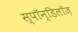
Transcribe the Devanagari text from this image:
स्पॉन्डिलॉज़